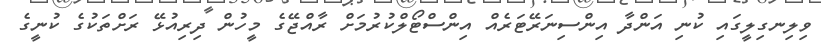
ވިލިނގިލީގައި ކުނި އަންދާ އިންސިނަރޭޓަރެއް އިންސްޓޯލްކުރުމަށް ރާއްޖޭގެ މީހުން ދިރިއުޅޭ ރަށްތަކުގެ ކުނީގެ